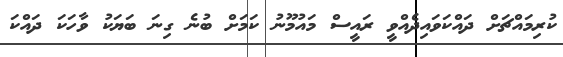
ކުރިމައްޗަށް ދައްކަވައިދެއްވީ ރައީސް މައުމޫނު ކަމަށް ބުނެ ގިނަ ބަޔަކު ވާހަކަ ދައްކަ